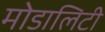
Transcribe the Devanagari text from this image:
मोडालिटी